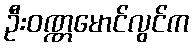
ဦးဝဏ္ဏမောင်လွင်က